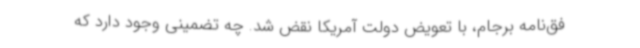
فق‌نامه برجام، با تعویض دولت آمریکا نقض شد. چه تضمینی وجود دارد که